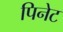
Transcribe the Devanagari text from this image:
पिनेट